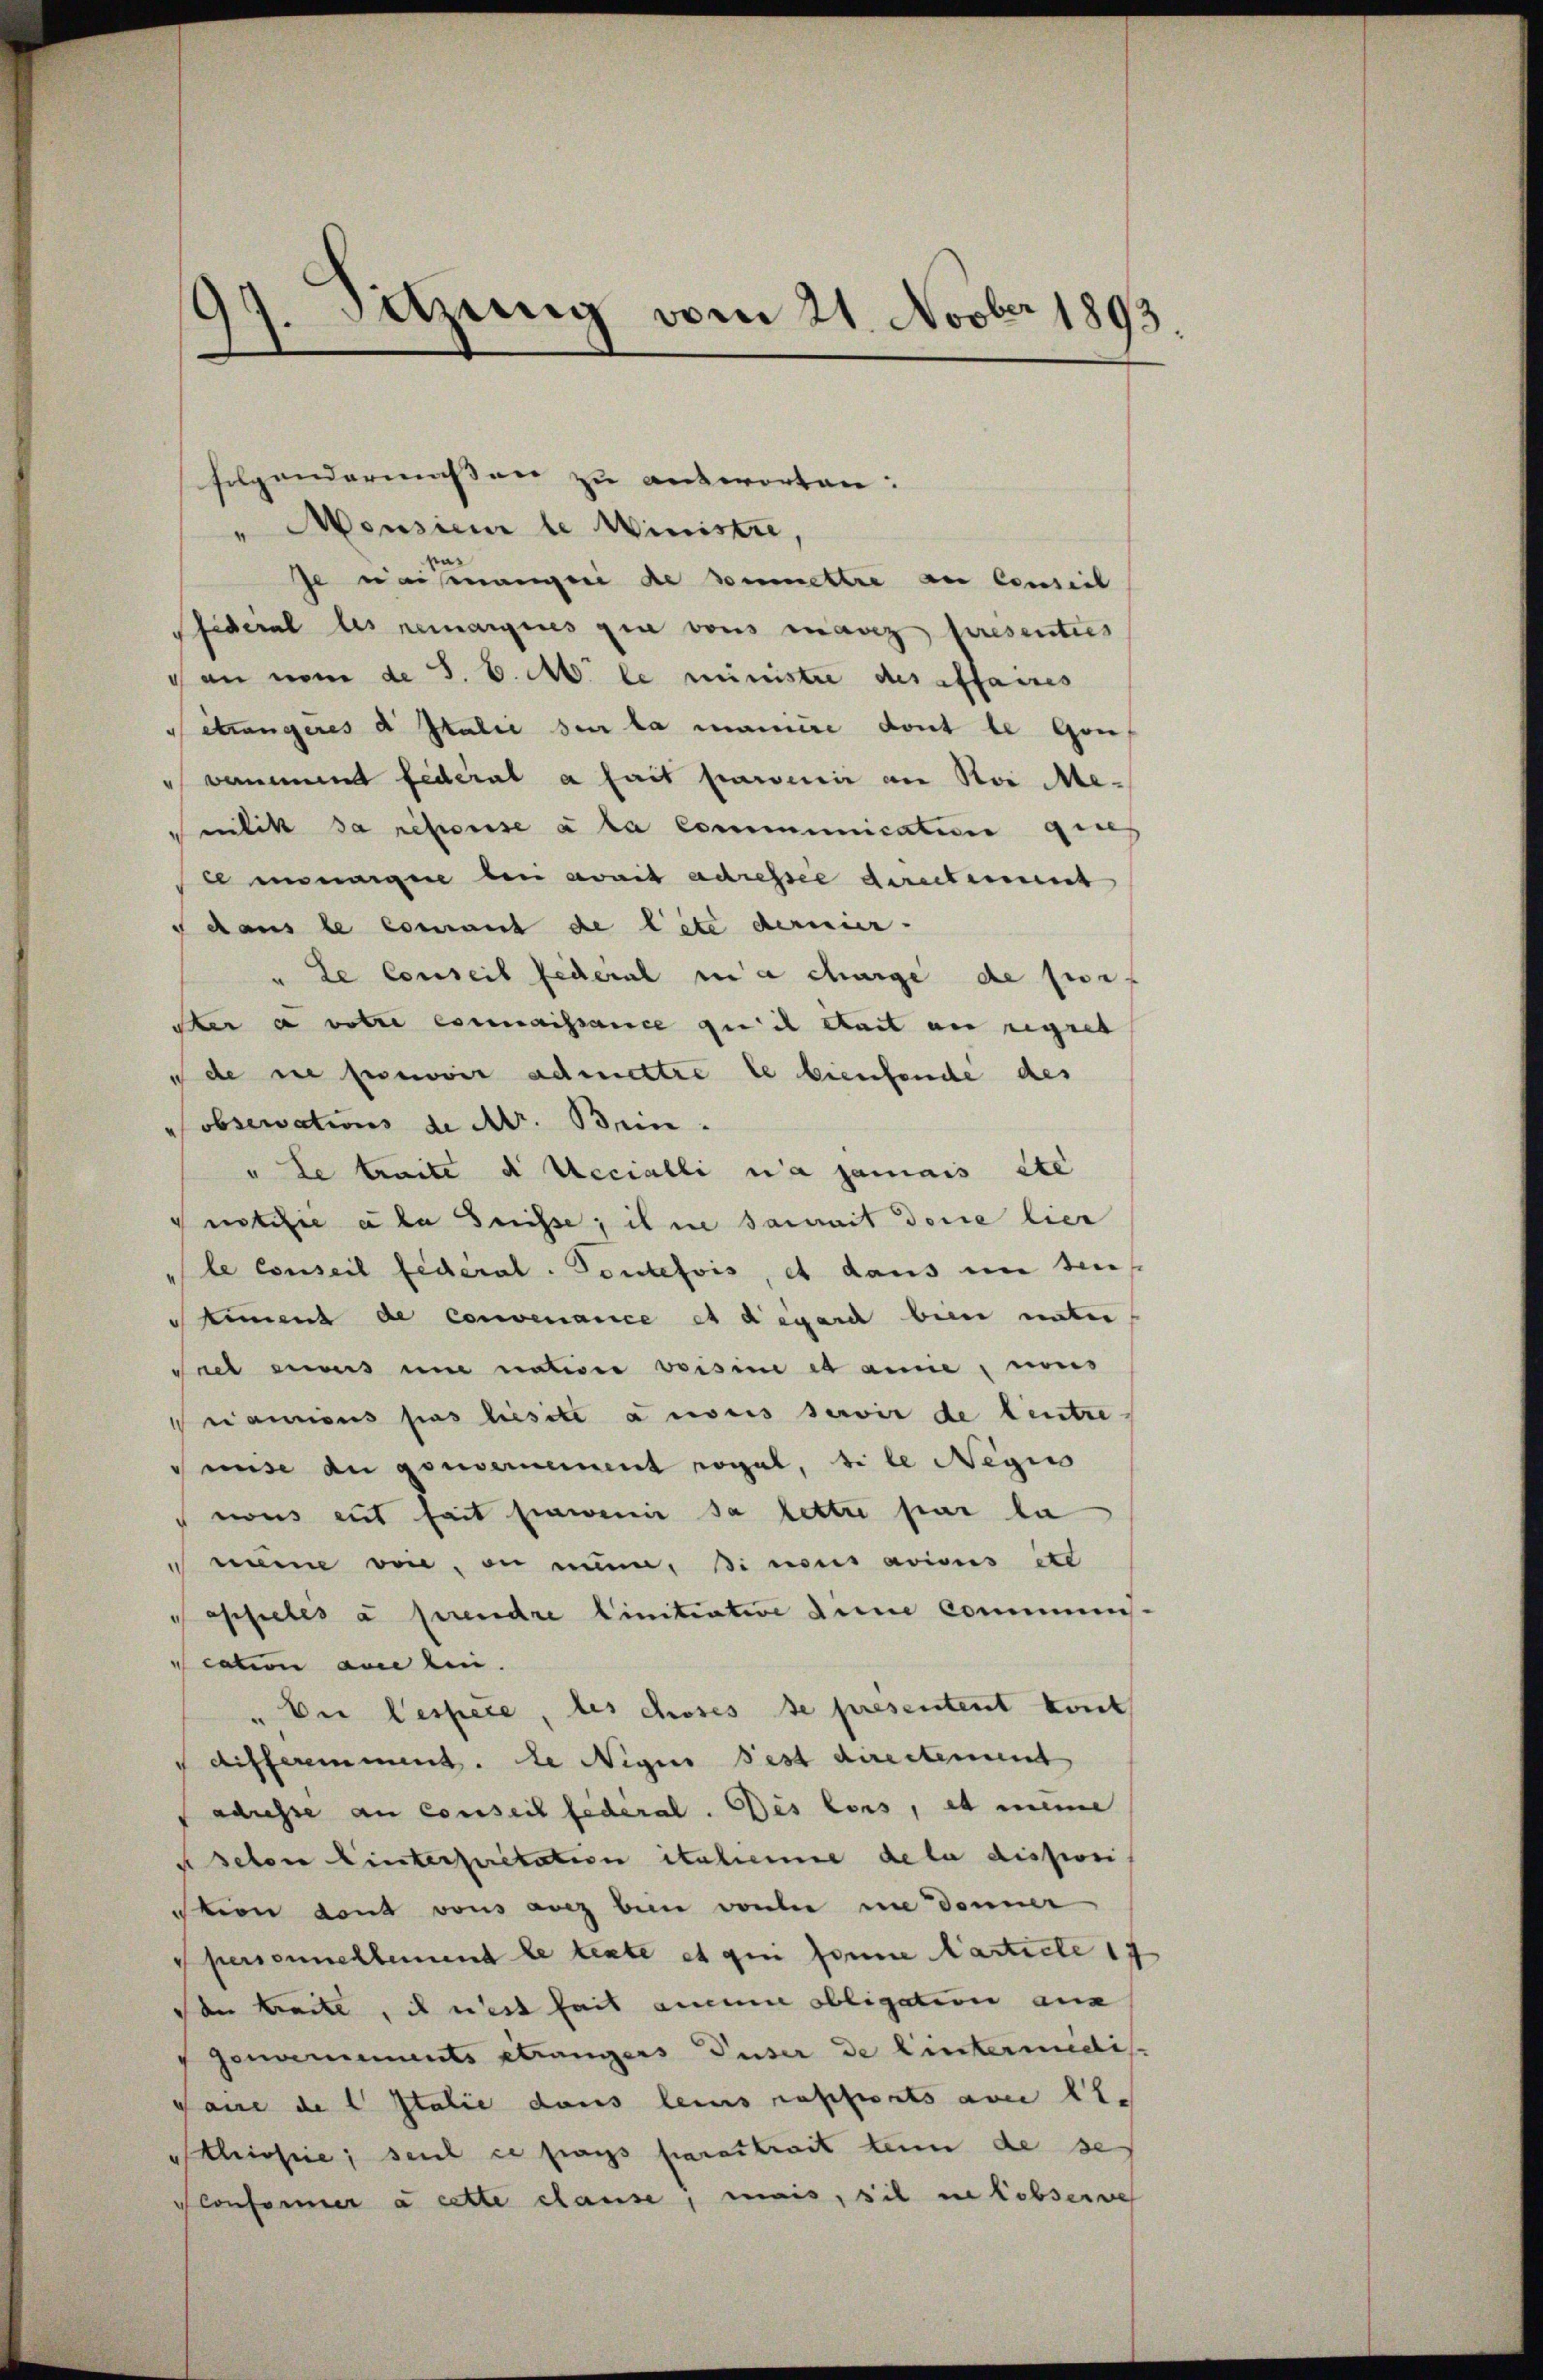
folgendermassen zu antworten:
"Monsieur le Ministre,
Je naismangen de Vermettre an Censeil
Federal les remarques gin vons maniz presenties
dan nom de S. C. M. le ministre des affaires
eträngeres d Italie sur la mainire dont le Gouvommend federat a fait parvenir an Nor Menilikt da schose à la communication genes
le unangen den avait adressee directement
dans le comant de lite derier-
" Le conseil Federal in a charge de perf
der a votre connaissance qu’il ait an regret
ude ne perswoir admettre le bienfende des
observations de Mr. Bein.
" Le treite d Uecialli na jamais etc
Instifie a la Suisse, ihne damit dere hier
le Conseil federal. Toutefois, et dans in den
timent de Convenance et degard bein unter
Sael eines und native versine es anie, nous
namens pas liesste anonis servir de teutze
uise an gouvernement rogal, si le Negiss
nous mit seit hinwenig ja lettre par la
 nie von, in nunn, si nous avisus etc
oppelés à prendre Linitiative dinie Communs.
cation anden.
" Dir lespece, des choses se presentent tout
aifferemment. Le Negus Fest directement
adresse an conseil federal. Des lors, et meine
seten Einterpuitation italeine de la disposi
Stion dont vons avez bein vorher im Donner
personnellement le texte et qui sonne article 17
den Beite, ich mit seit aucune obligation aus
genmements Strangers Huser de hinterundis
gane de l Italie dans leins rapports am 11.
hisie; seit ce pays parertrait dem de ses
Sconformer à cette clause, mais, sie in Lobserne

17. Sitzung vom 21. Novber 1893